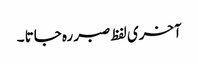
آخری لفظ صبر رہ جاتا ۔